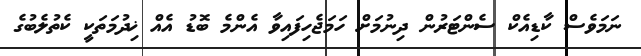
ނަމަވެސް ކާޑިއެކް ސެންޓަރުން ދިނުމަށް ހަމަޖެހިފައިވާ އެންމެ ބޮޑު އެއް ޚިދުމަތަކީ ކެތުލެބުގެ